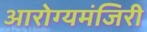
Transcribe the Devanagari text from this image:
आरोग्यमंजिरी